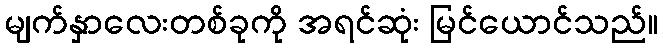
မျက်နှာလေးတစ်ခုကို အရင်ဆုံး မြင်ယောင်သည်။